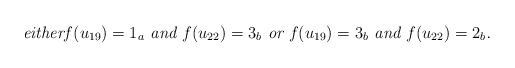
LaTeX: \begin{align*}\mbox{\em either$f(u_{19})=1_a$ and $f(u_{22})=3_b$ or $f(u_{19})=3_b$ and $f(u_{22})=2_b$.}\end{align*}